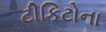
ટીકિટોના